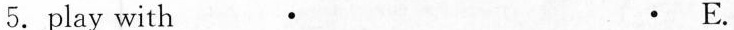
5.play with · · E.